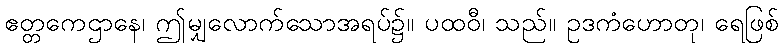
ဧတ္တကေဌာနေ၊ ဤမျှလောက်သောအရပ်၌။ ပထဝီ၊ သည်။ ဥဒကံဟောတု၊ ရေဖြစ်